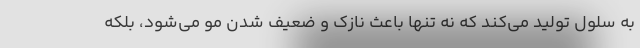
به سلول تولید می‌کند که نه تنها باعث نازک و ضعیف شدن مو می‌شود، بلکه